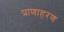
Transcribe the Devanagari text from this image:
प्राणाहरण